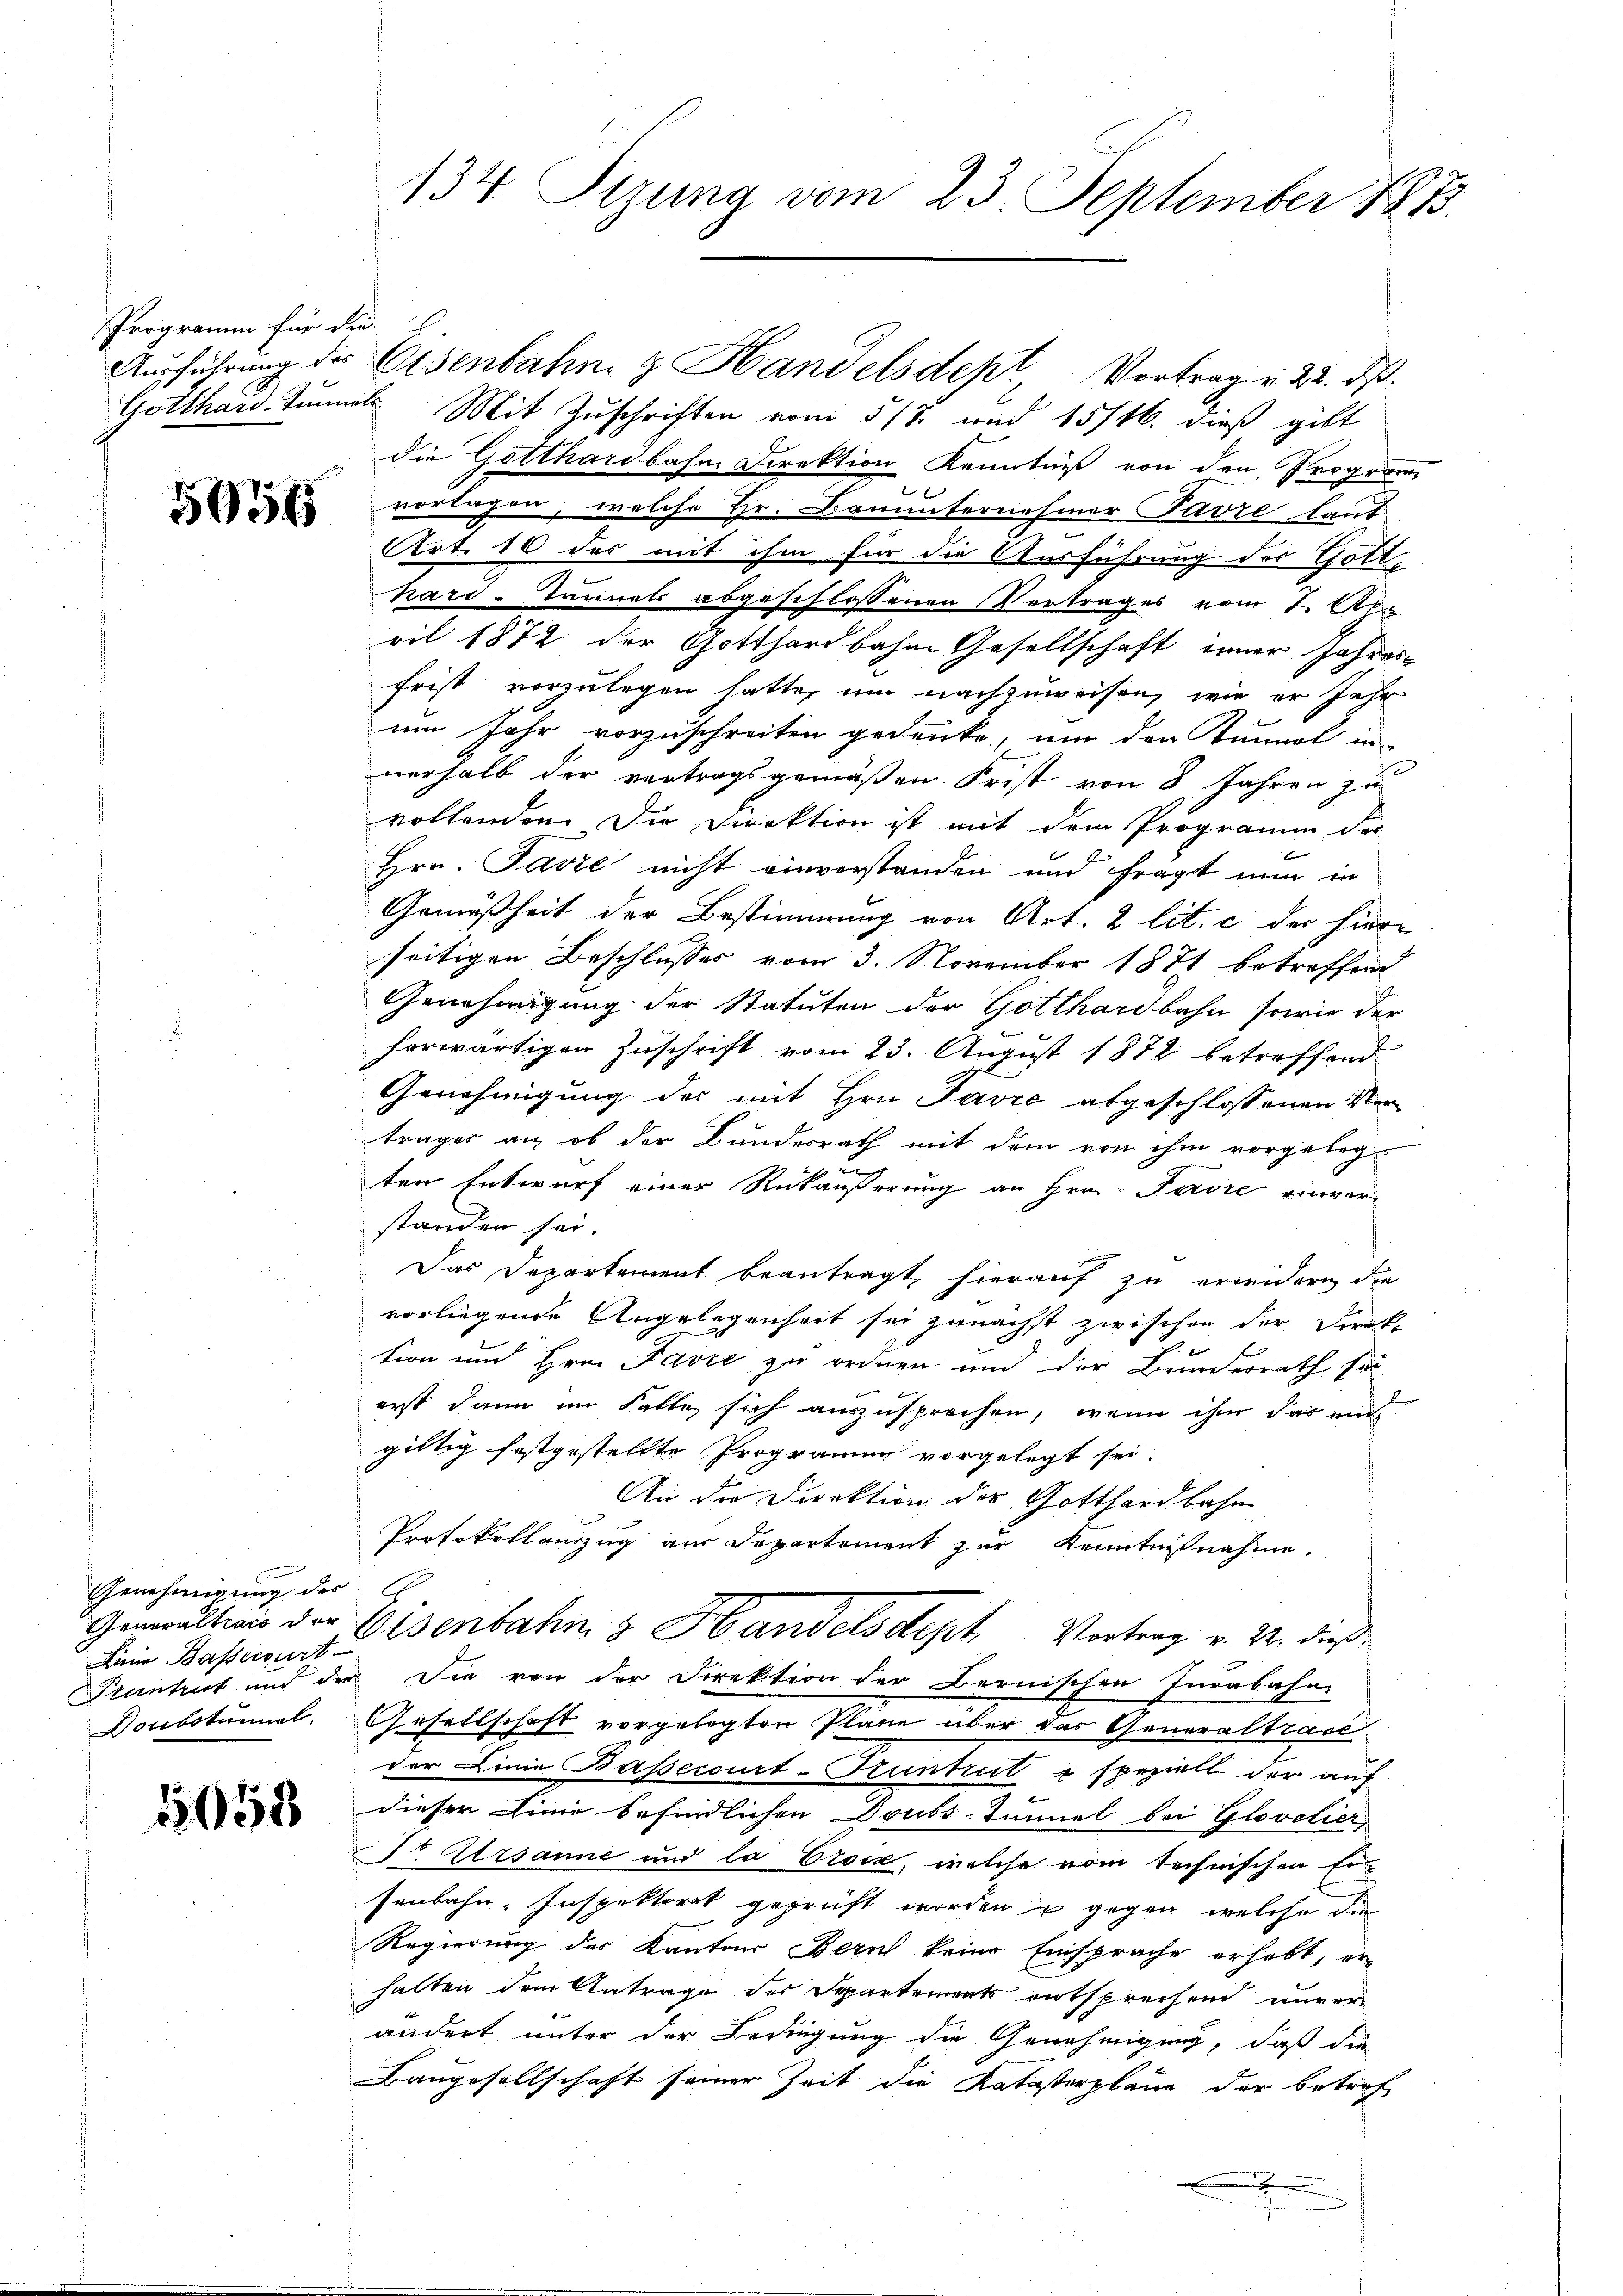
Programm für die

59345

gierung
Genehmigung des
Line Basservirt
Stantrut und der
Vonbotunnel.

5058

Gotthard tummt. Mit Zuschriften vom 5/7. und 15/16. dieß gibt
die Gotthardbahn Direktion Kenntniß von den Program
vorlagen, welche Hr. Bouunternehmer Pavre laut
Art. 10 des mit ihm für die Ausführung der Gott
kard-Tunnels abgeschlossenen Vertrages vom 7. Apr
ril 1872 der Gotthardbahne Gesellschaft irner Jahres-
frist vorzulegen hatte, um nachzuweisen, wie er Jahr
um Jahr vorzuschreiten gedenke, um den Tunnel in
nerhalb der vertragsgemäßen Frist von 8 Jahren zu
vollenden. Die Direktion ist mit dem Programm der
Hrn. Pavil nicht einverstanden und fragt nun in
Gemäßheit der Bestimmung von Art. 2 lit. c der hier-
seitigen Beschlusses vom 3. November 1871 betreffend
Genehmigung der Statuten der Gotthardbahn sowie der
horwärtigen Zuschrift vom 23. August 1872 betreffend
Genehmigung der mit Hrn. Javić abgeschlossenen Vertrages an, ob der Bundesrath mit dem von ihm vorgeleg¬
u
ten Entwurf einer Rückäußerung an Hrn. Ferie einverstanden sei.
Das Departement beantragt, hierauf zu erwidern die
vorliegende Angelegenheit sei zunächst zwischen der Direktion und Hrn. Pavić zu ordnen und der Bunderrath sei
2
erst dann im Falte sich auszusprechen, wenn ihm das auch
gültig festgestellte Programm vorgelegt sei.
An der Direktion der Gotthardbahn
Protokollauszug aus Departement zur Kenntnisnahme.
E
Gemultwie der Osenbahn & Handelsdeph Vortrag v. 2. dieß¬
Die von der Direktion der Bernischen Iurabahn
Gesellschaft vorgelegten Pläne über das Generaltrase
der Linie Bassecourt-Kuntrut & speziell der auf
dieser Linie befindlichen Doubs-Tunnel bei Glavelier,
Fr Ursanne und la Croix, welche vom technischen Ein
senbahn-Inspektorat geprüft worden u gegen, welche die
Regierung des Kantons Bern keine Einsprache erhebt, er
halten dem Antrage des Departements entsprechen unverändert unter der Bedingung die Genehmigung, daß die
Baugesellschaft seiner Zeit die Katasterplane der betref
x
.

134. Sitzung vom 23. September 1873.

Ausführung die Eisenbahn & Handelsdept Vortrag u. 22. ds.